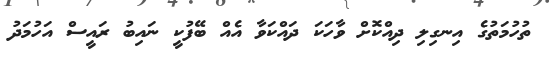
ތުހުމަތުގެ އިނގިލި ދިއްކޮށް ވާހަކަ ދައްކަވާ އެއް ބޭފުކީ ނައިބު ރައީސް އަހުމަދު